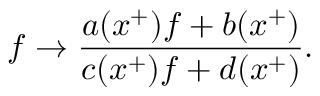
f \rightarrow \frac { a ( x ^ { + } ) f + b ( x ^ { + } ) } { c ( x ^ { + } ) f + d ( x ^ { + } ) } .